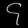
Digit: ၄